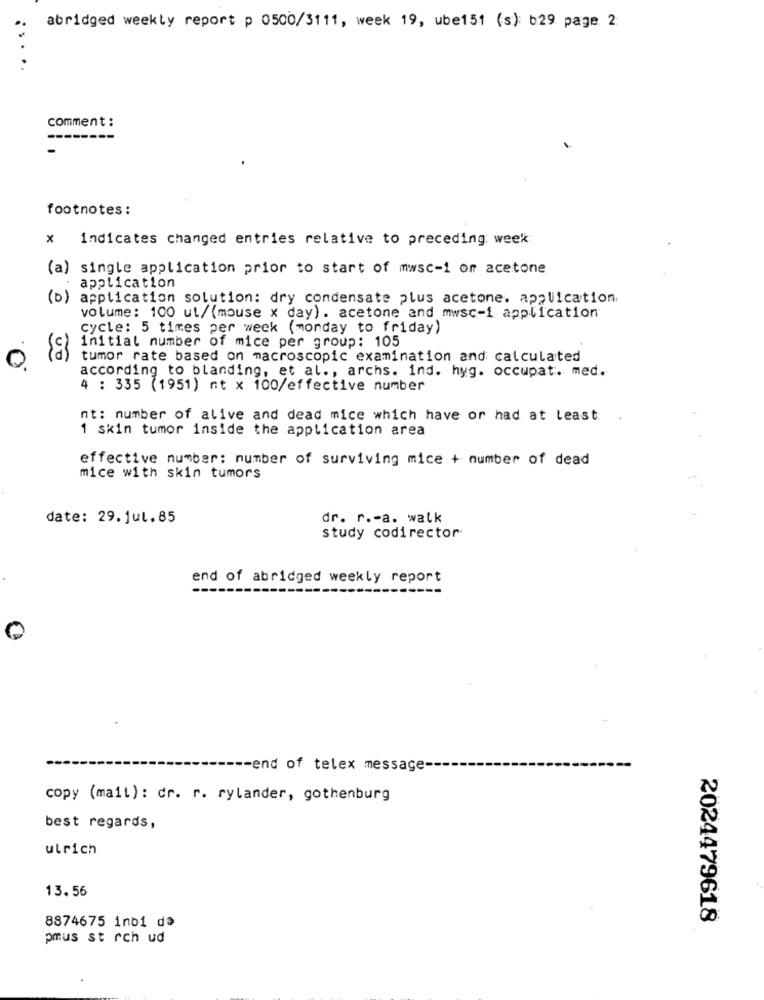
abridged weekly report p 0500/3111, week 19, ube151 (s): b29 page 2
.. . ..
comment :
footnotes :
indicates changed entries relative to preceding week
(a) single application prior to start of mwsc-1 or acetone
application
(b) application solution: dry condensate plus acetone. application
volume: 100 ut/(mouse x day). acetone and mwsc-1 application
cycle: 5 times per week (monday to friday)
initial number of mice per group: 105
tumor rate based on macroscopic examination and calculated
according to blanding, et al ., archs. ind. hyg. occupat. med.
4 : 335 (1951) nt x 100/effective number
nt: number of alive and dead mice which have or had at least:
1 skin tumor inside the application area
effective number: number of surviving mice + number of dead
mice with skin tumors
date: 29.jul.85
dr. r .- a. walk
study codirector
end of abridged weekly report
------
--- end of telex message-
copy (mail): dr. r. rylander, gothenburg
best regards,
ulrich
13.56
2024479618
8874675 1no1 d>
pmus st rch ud